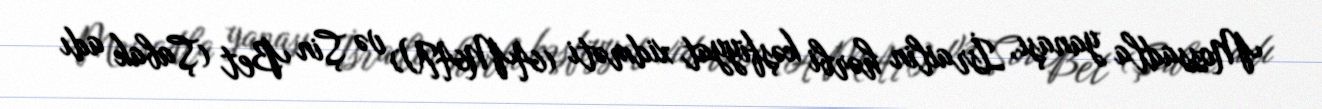
Mossadla yanaşı, İsrailin hərbi kəşfiyyat xidməti (AMAN) və Şin Bet (Şabak adı